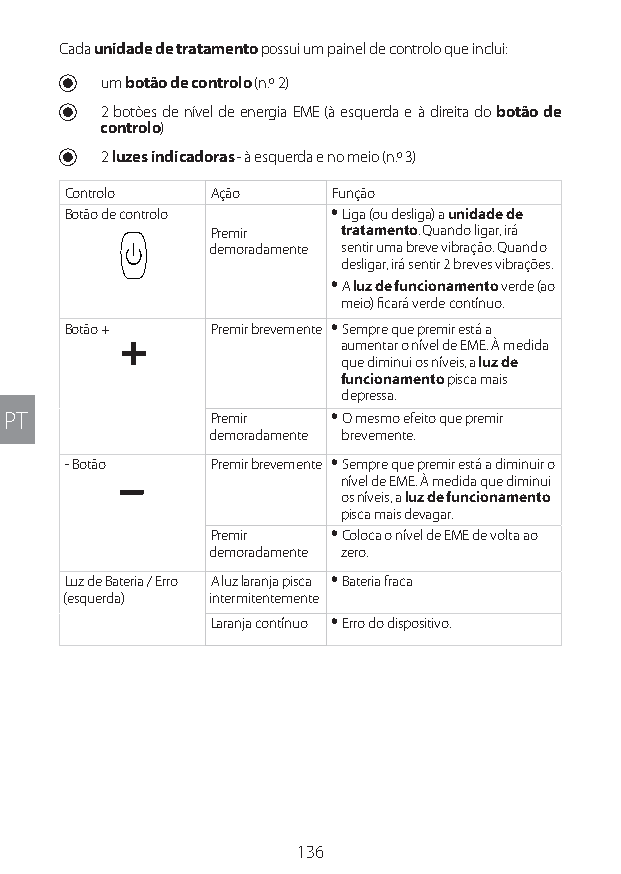
Cada unidade de tratamento possui um painel de controlo que inclui:
 U um botão de controlo (n.º 2)
 U 2 botões de nível de energia EME (à esquerda e à direita do botão de
 controlo)
 U 2 luzes indicadoras - à esquerda e no meio (n.º 3)
 Controlo  Ação    Função
 Botão de controlo y Liga (ou desliga) a unidade de
 Premir  tratamento. Quando ligar, irá
 demoradamente sentir uma breve vibração. Quando
 desligar, irá sentir 2 breves vibrações.
 y A luz de funcionamento verde (ao
 meio) ficará verde contínuo.
 Botão +   Premir brevemente y Sempre que premir está a
 aumentar o nível de EME. À medida
 que diminui os níveis, a luz de
 funcionamento pisca mais
 depressa.
 PT            Premir y O mesmo efeito que premir
 demoradamente brevemente.
 - Botão   Premir brevemente y Sempre que premir está a diminuir o
 nível de EME. À medida que diminui
 os níveis, a luz de funcionamento
 pisca mais devagar.
 Premir y Coloca o nível de EME de volta ao
 demoradamente zero.
 Luz de Bateria / Erro A luz laranja pisca y Bateria fraca
 (esquerda) intermitentemente
 Laranja contínuo y Erro do dispositivo.
 136
 Lipo UM EU124 3545B inside ALL EU124 ED296-24 release.indd 136 14/08/2018 10:57:40